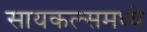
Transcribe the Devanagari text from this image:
सायकल्समध्ये